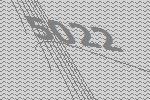
5022